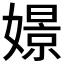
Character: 𡡡